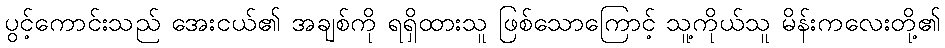
ပွင့်ကောင်းသည် အေးငယ်၏ အချစ်ကို ရရှိထားသူ ဖြစ်သောကြောင့် သူ့ကိုယ်သူ မိန်းကလေးတို့၏